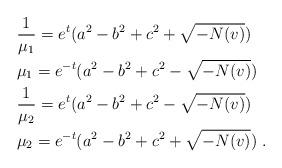
LaTeX: \begin{align*}&\frac{1}{\mu_1}=e^{t}(a^2-b^2+c^2+\sqrt{-N(v)})\\&\mu_1=e^{-t}(a^2-b^2+c^2-\sqrt{-N(v)})\\&\frac{1}{\mu_2}=e^{t}(a^2-b^2+c^2-\sqrt{-N(v)})\\&\mu_2=e^{-t}(a^2-b^2+c^2+\sqrt{-N(v)})~.\end{align*}